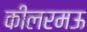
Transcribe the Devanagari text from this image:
कीलरमऊ